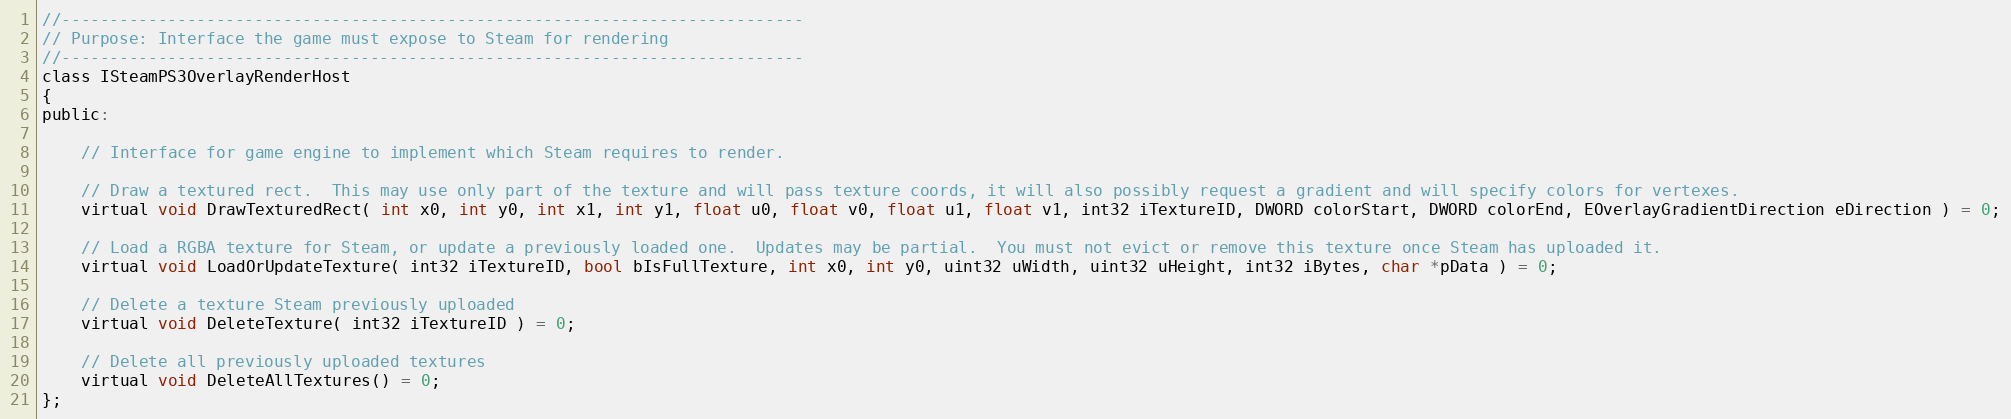
Language: C
//-----------------------------------------------------------------------------
// Purpose: Interface the game must expose to Steam for rendering
//-----------------------------------------------------------------------------
class ISteamPS3OverlayRenderHost
{
public:

	// Interface for game engine to implement which Steam requires to render.

	// Draw a textured rect.  This may use only part of the texture and will pass texture coords, it will also possibly request a gradient and will specify colors for vertexes.
	virtual void DrawTexturedRect( int x0, int y0, int x1, int y1, float u0, float v0, float u1, float v1, int32 iTextureID, DWORD colorStart, DWORD colorEnd, EOverlayGradientDirection eDirection ) = 0;

	// Load a RGBA texture for Steam, or update a previously loaded one.  Updates may be partial.  You must not evict or remove this texture once Steam has uploaded it.
	virtual void LoadOrUpdateTexture( int32 iTextureID, bool bIsFullTexture, int x0, int y0, uint32 uWidth, uint32 uHeight, int32 iBytes, char *pData ) = 0;

	// Delete a texture Steam previously uploaded
	virtual void DeleteTexture( int32 iTextureID ) = 0;

	// Delete all previously uploaded textures
	virtual void DeleteAllTextures() = 0;
};